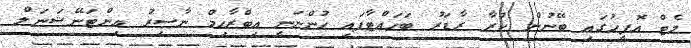
މެޓް އޮފީހުގައި ބޭނުން ކުރާ ރާޑަރު ބަހައްޓާފައި ހުންނަނީ އިބްރާހިމް ނާސިރު އިންޓަނޭޝަނަލް